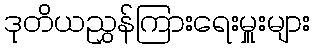
ဒုတိယညွှန်ကြားရေးမှူးများ